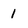
Character: l